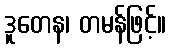
ဒူတေန၊ တမန်ဖြင့်။